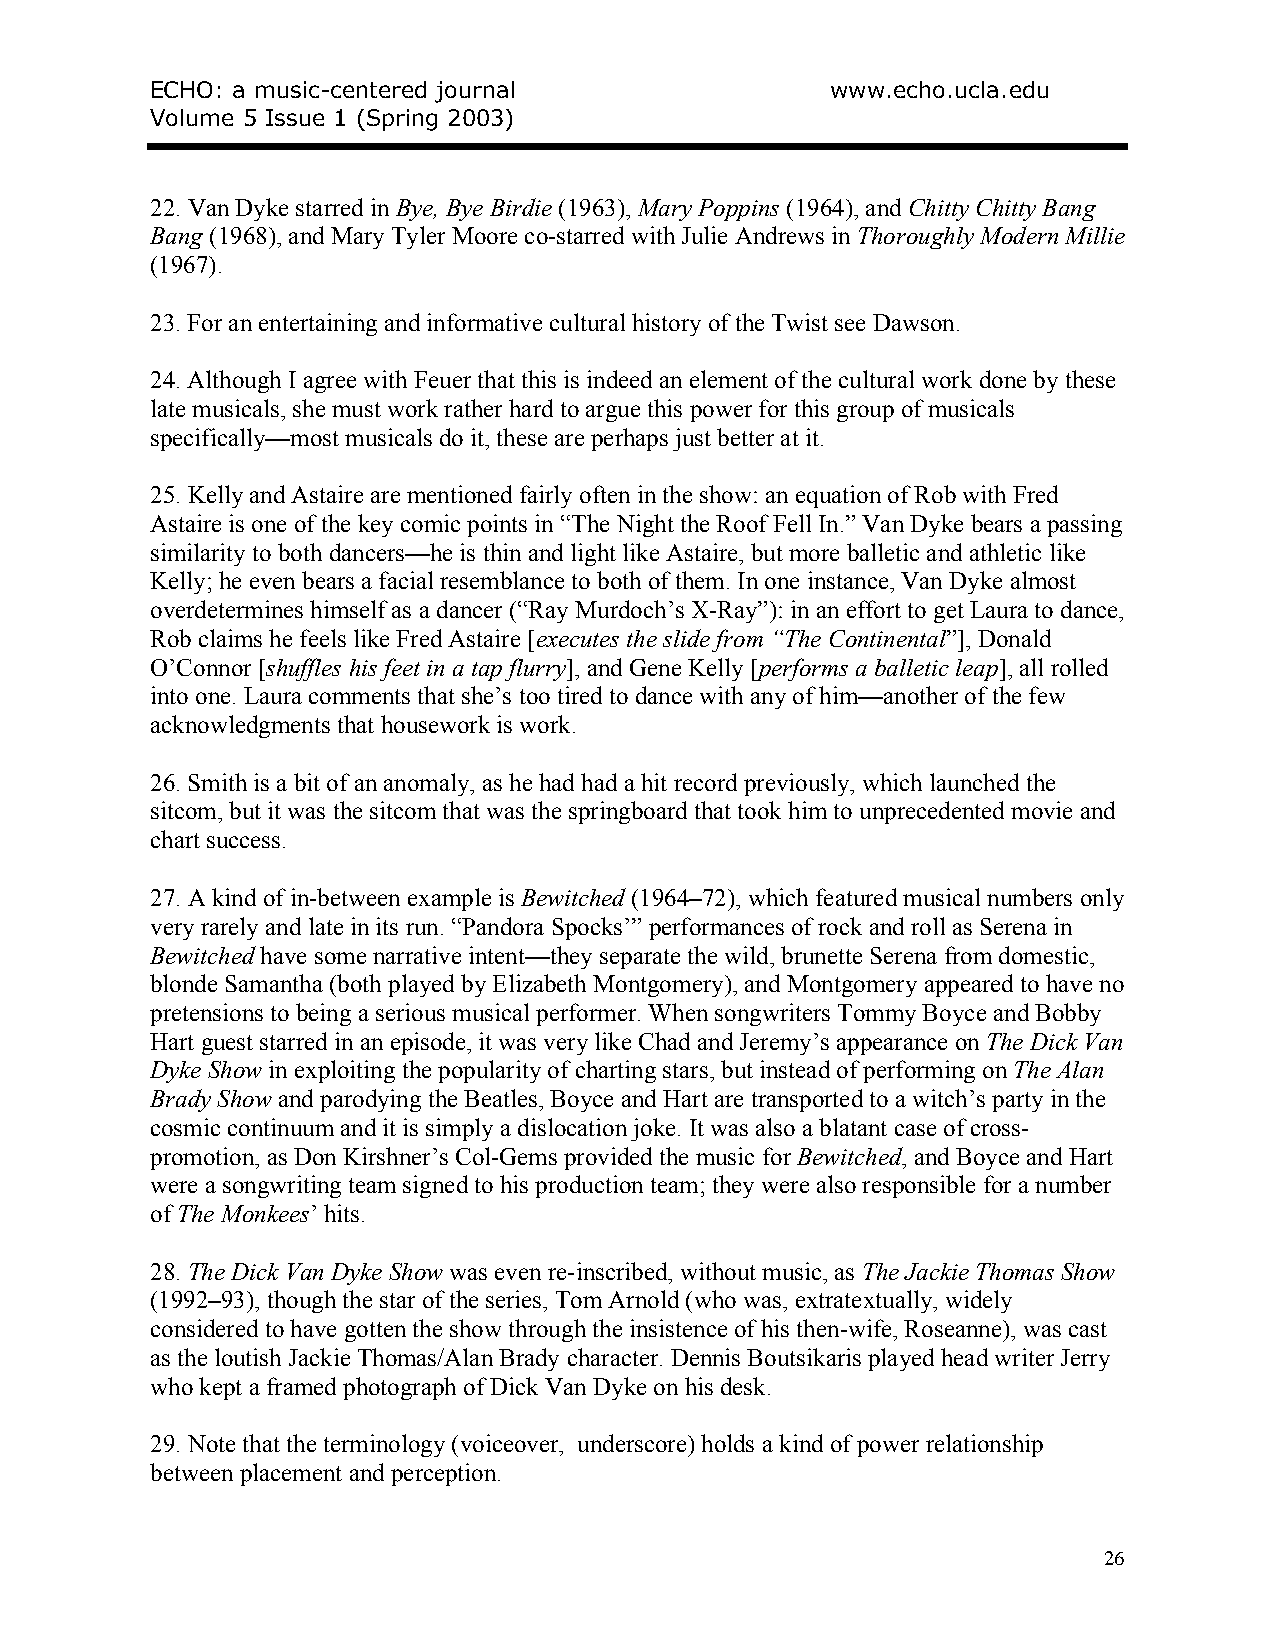
ECHO: a music-centered journal               www.echo.ucla.edu
 Volume 5 Issue 1 (Spring 2003)
 22. Van Dyke starred in Bye, Bye Birdie (1963), Mary Poppins (1964), and Chitty Chitty Bang
 Bang (1968), and Mary Tyler Moore co-starred with Julie Andrews in Thoroughly Modern Millie
 (1967).
 23. For an entertaining and informative cultural history of the Twist see Dawson.
 24. Although I agree with Feuer that this is indeed an element of the cultural work done by these
 late musicals, she must work rather hard to argue this power for this group of musicals
 specifically—most musicals do it, these are perhaps just better at it.
 25. Kelly and Astaire are mentioned fairly often in the show: an equation of Rob with Fred
 Astaire is one of the key comic points in “The Night the Roof Fell In.” Van Dyke bears a passing
 similarity to both dancers—he is thin and light like Astaire, but more balletic and athletic like
 Kelly; he even bears a facial resemblance to both of them. In one instance, Van Dyke almost
 overdetermines himself as a dancer (“Ray Murdoch’s X-Ray”): in an effort to get Laura to dance,
 Rob claims he feels like Fred Astaire [executes the slide from “The Continental”], Donald
 O’Connor [shuffles his feet in a tap flurry], and Gene Kelly [performs a balletic leap], all rolled
 into one. Laura comments that she’s too tired to dance with any of him—another of the few
 acknowledgments that housework is work.
 26. Smith is a bit of an anomaly, as he had had a hit record previously, which launched the
 sitcom, but it was the sitcom that was the springboard that took him to unprecedented movie and
 chart success.
 27. A kind of in-between example is Bewitched (1964–72), which featured musical numbers only
 very rarely and late in its run. “Pandora Spocks’” performances of rock and roll as Serena in
 Bewitched have some narrative intent—they separate the wild, brunette Serena from domestic,
 blonde Samantha (both played by Elizabeth Montgomery), and Montgomery appeared to have no
 pretensions to being a serious musical performer. When songwriters Tommy Boyce and Bobby
 Hart guest starred in an episode, it was very like Chad and Jeremy’s appearance on The Dick Van
 Dyke Show in exploiting the popularity of charting stars, but instead of performing on The Alan
 Brady Show and parodying the Beatles, Boyce and Hart are transported to a witch’s party in the
 cosmic continuum and it is simply a dislocation joke. It was also a blatant case of cross-
 promotion, as Don Kirshner’s Col-Gems provided the music for Bewitched, and Boyce and Hart
 were a songwriting team signed to his production team; they were also responsible for a number
 of The Monkees’ hits.
 28. The Dick Van Dyke Show was even re-inscribed, without music, as The Jackie Thomas Show
 (1992–93), though the star of the series, Tom Arnold (who was, extratextually, widely
 considered to have gotten the show through the insistence of his then-wife, Roseanne), was cast
 as the loutish Jackie Thomas/Alan Brady character. Dennis Boutsikaris played head writer Jerry
 who kept a framed photograph of Dick Van Dyke on his desk.
 29. Note that the terminology (voiceover, underscore) holds a kind of power relationship
 between placement and perception.
 26